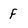
Character: F